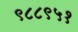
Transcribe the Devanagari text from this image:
९८८९५१